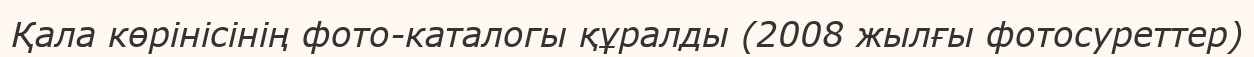
Қала көрінісінің фото-каталогы құралды (2008 жылғы фотосуреттер)